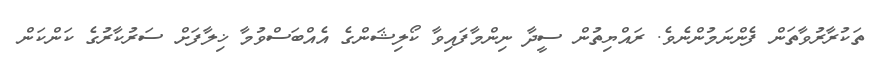
ތަކުރާރުވާތަން ފެންނަމުންނެވެ. ރައްޔިތުން ސީދާ ނިންމާފައިވާ ކޯލިޝަންގެ އެއްބަސްވުމާ ޚިލާފަށް ސަރުކާރުގެ ކަންކަން